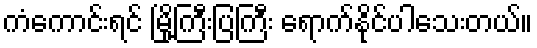
ကံကောင်းရင် မြို့ကြီးပြကြီး ရောက်နိုင်ပါသေးတယ်။